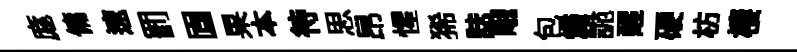
庬傭速罰固果本待思昂惺狶誌峨包燼詭醒硬枋棲